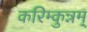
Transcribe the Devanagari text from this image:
करिम्कुन्नम्